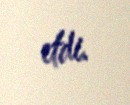
etdi.